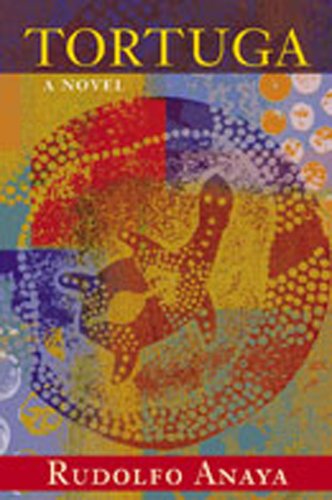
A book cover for Tortuga: A Novel; Rudolfo Anaya; Teen & Young Adult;